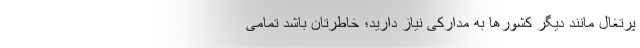
پرتغال مانند دیگر کشورها به مدارکی نیاز دارید؛ خاطرتان باشد تمامی